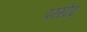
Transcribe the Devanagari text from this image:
परस्टेट